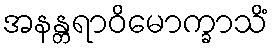
အနန္တရာဝိမောက္ခာသိံ